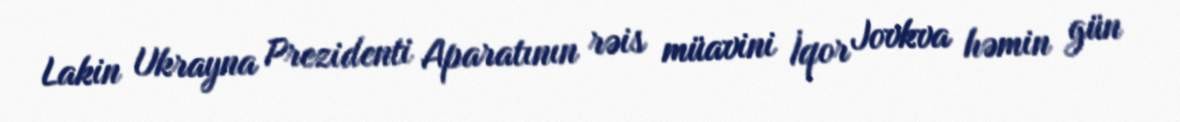
Lakin Ukrayna Prezidenti Aparatının rəis müavini İqor Jovkva həmin gün